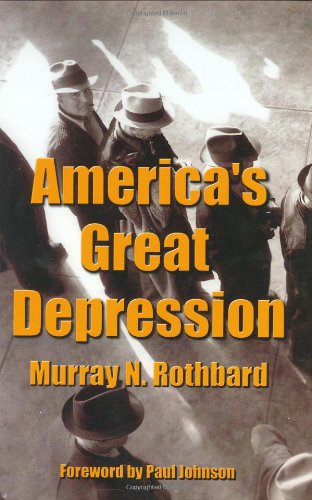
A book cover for America's Great Depression; Murray N. Rothbard; Business & Money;